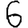
Digit: 6